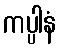
ကပ္ပါနံ